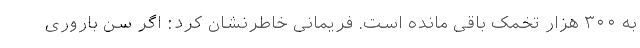
به ۳۰۰ هزار تخمک باقی مانده است. فریمانی خاطرنشان کرد: اگر سن باروری